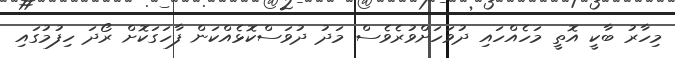
މިހާރު ބާކީ އޮތީ މަހެއްހައި ދުވަހަށްވުރެވެސް މަދު ދުވަސްކޮޅެއްކަން ފާހަގަކޮށް ރޯދަ ހިފުމުގައި